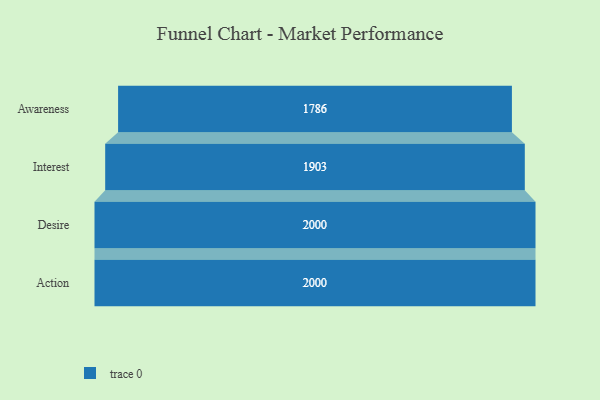
{"axis": {"x": "Stage", "y": "Value"}, "legend": [""], "data": [{"x": "Awareness", "y": 1786.0, "type": ""}, {"x": "Interest", "y": 1903.0, "type": ""}, {"x": "Desire", "y": 2000, "type": ""}, {"x": "Action", "y": 2000, "type": ""}]}